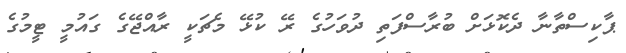
ޕާކިސްތާނާ ދެކޮޅަށް ބުރާސްފަތި ދުވަހުގެ ރޭ ކުޅޭ މެޗަކީ ރާއްޖޭގެ ގައުމީ ޓީމުގެ